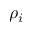
\rho _ { i }